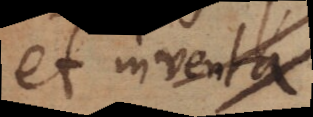
et inventa